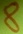
Text: 8